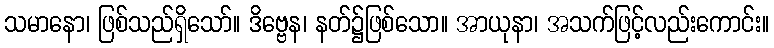
သမာနော၊ ဖြစ်သည်ရှိသော်။ ဒိဗ္ဗေန၊ နတ်၌ဖြစ်သော။ အာယုနာ၊ အသက်ဖြင့်လည်းကောင်း။